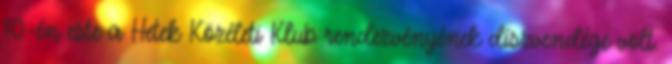
10-én este a Hetek Közéleti Klub rendezvényének díszvendége volt.